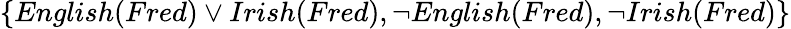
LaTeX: \{ English(Fred)\vee Irish(Fred),\neg English(Fred),\neg Irish(Fred)\}